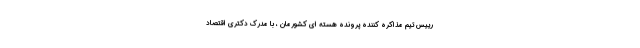
رییس تیم مذاکره کننده پرونده هسته ای کشورمان ، با مدرک دکتری اقتصاد